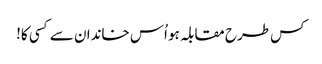
کس طرح مقابلہ ہو اُس خاندان سے کسی کا!